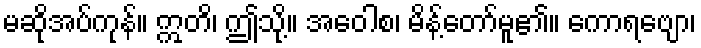
မဆိုအပ်ကုန်။ ဣတိ၊ ဤသို့။ အဝေါစ၊ မိန့်တော်မူ၏။ ကောရဗျော၊